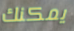
يمكنك